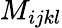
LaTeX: M_{ijkl}